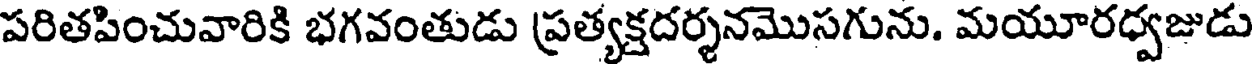
పరితపించువారికి భగవంతుడు ప్రత్యక్షదర్శనమొసగును. మయూరధ్వజుడు